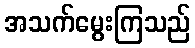
အသက်မွေးကြသည်